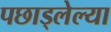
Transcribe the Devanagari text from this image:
पछाड्लेल्या